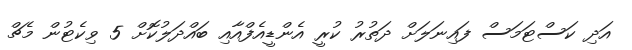
އަދި ކަސްޓަމަސް ފައިނަލަށް ދަތުރު ކުރީ އެންޑީއެފްއާއި ބައްދަލުކޮށް 5 ވިކެޓުން މެޗް